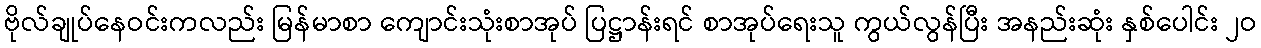
ဗိုလ်ချုပ်နေဝင်းကလည်း မြန်မာစာ ကျောင်းသုံးစာအုပ် ပြဋ္ဌာန်းရင် စာအုပ်ရေးသူ ကွယ်လွန်ပြီး အနည်းဆုံး နှစ်ပေါင်း ၂ဝ